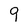
Character: 9